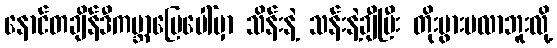
နောင်တချိန်ဒီကမ္ဘာမြေပေါ်မှာ သိန်းနဲ့ သန်းနဲ့ချီပြီး တိုးပွားမလာဘူးလို့